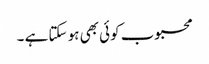
محبوب کوئی بھی ہو سکتا ہے ۔